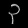
Digit: ၃